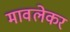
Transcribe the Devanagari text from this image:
मावलेकर